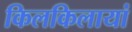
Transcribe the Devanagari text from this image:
किलकिलायां